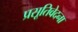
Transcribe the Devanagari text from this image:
प्रसूतिवेदना